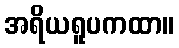
အရိယရူပကထာ။